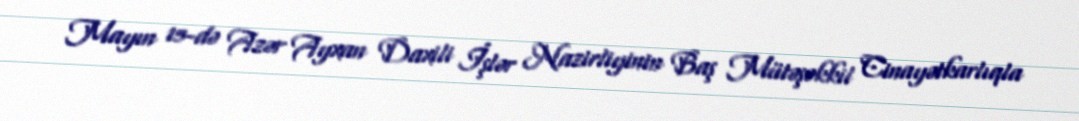
Mayın 15-də Azər Ayxan Daxili İşlər Nazirliyinin Baş Mütəşəkkil Cinayətkarlıqla